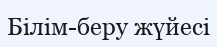
Білім-беру жүйесі